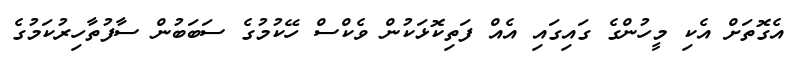
އެގޮތަށް އެކި މީހުންގެ ގައިގައި އެއް ފަތިކޮޅަކުން ވެކްސް ހޭކުމުގެ ސަބަބުން ސާފުތާހިރުކަމުގެ